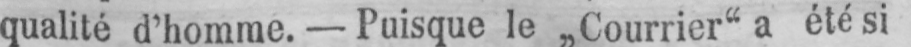
qualité d’homme. - Puisque le „Courrier“ a été si